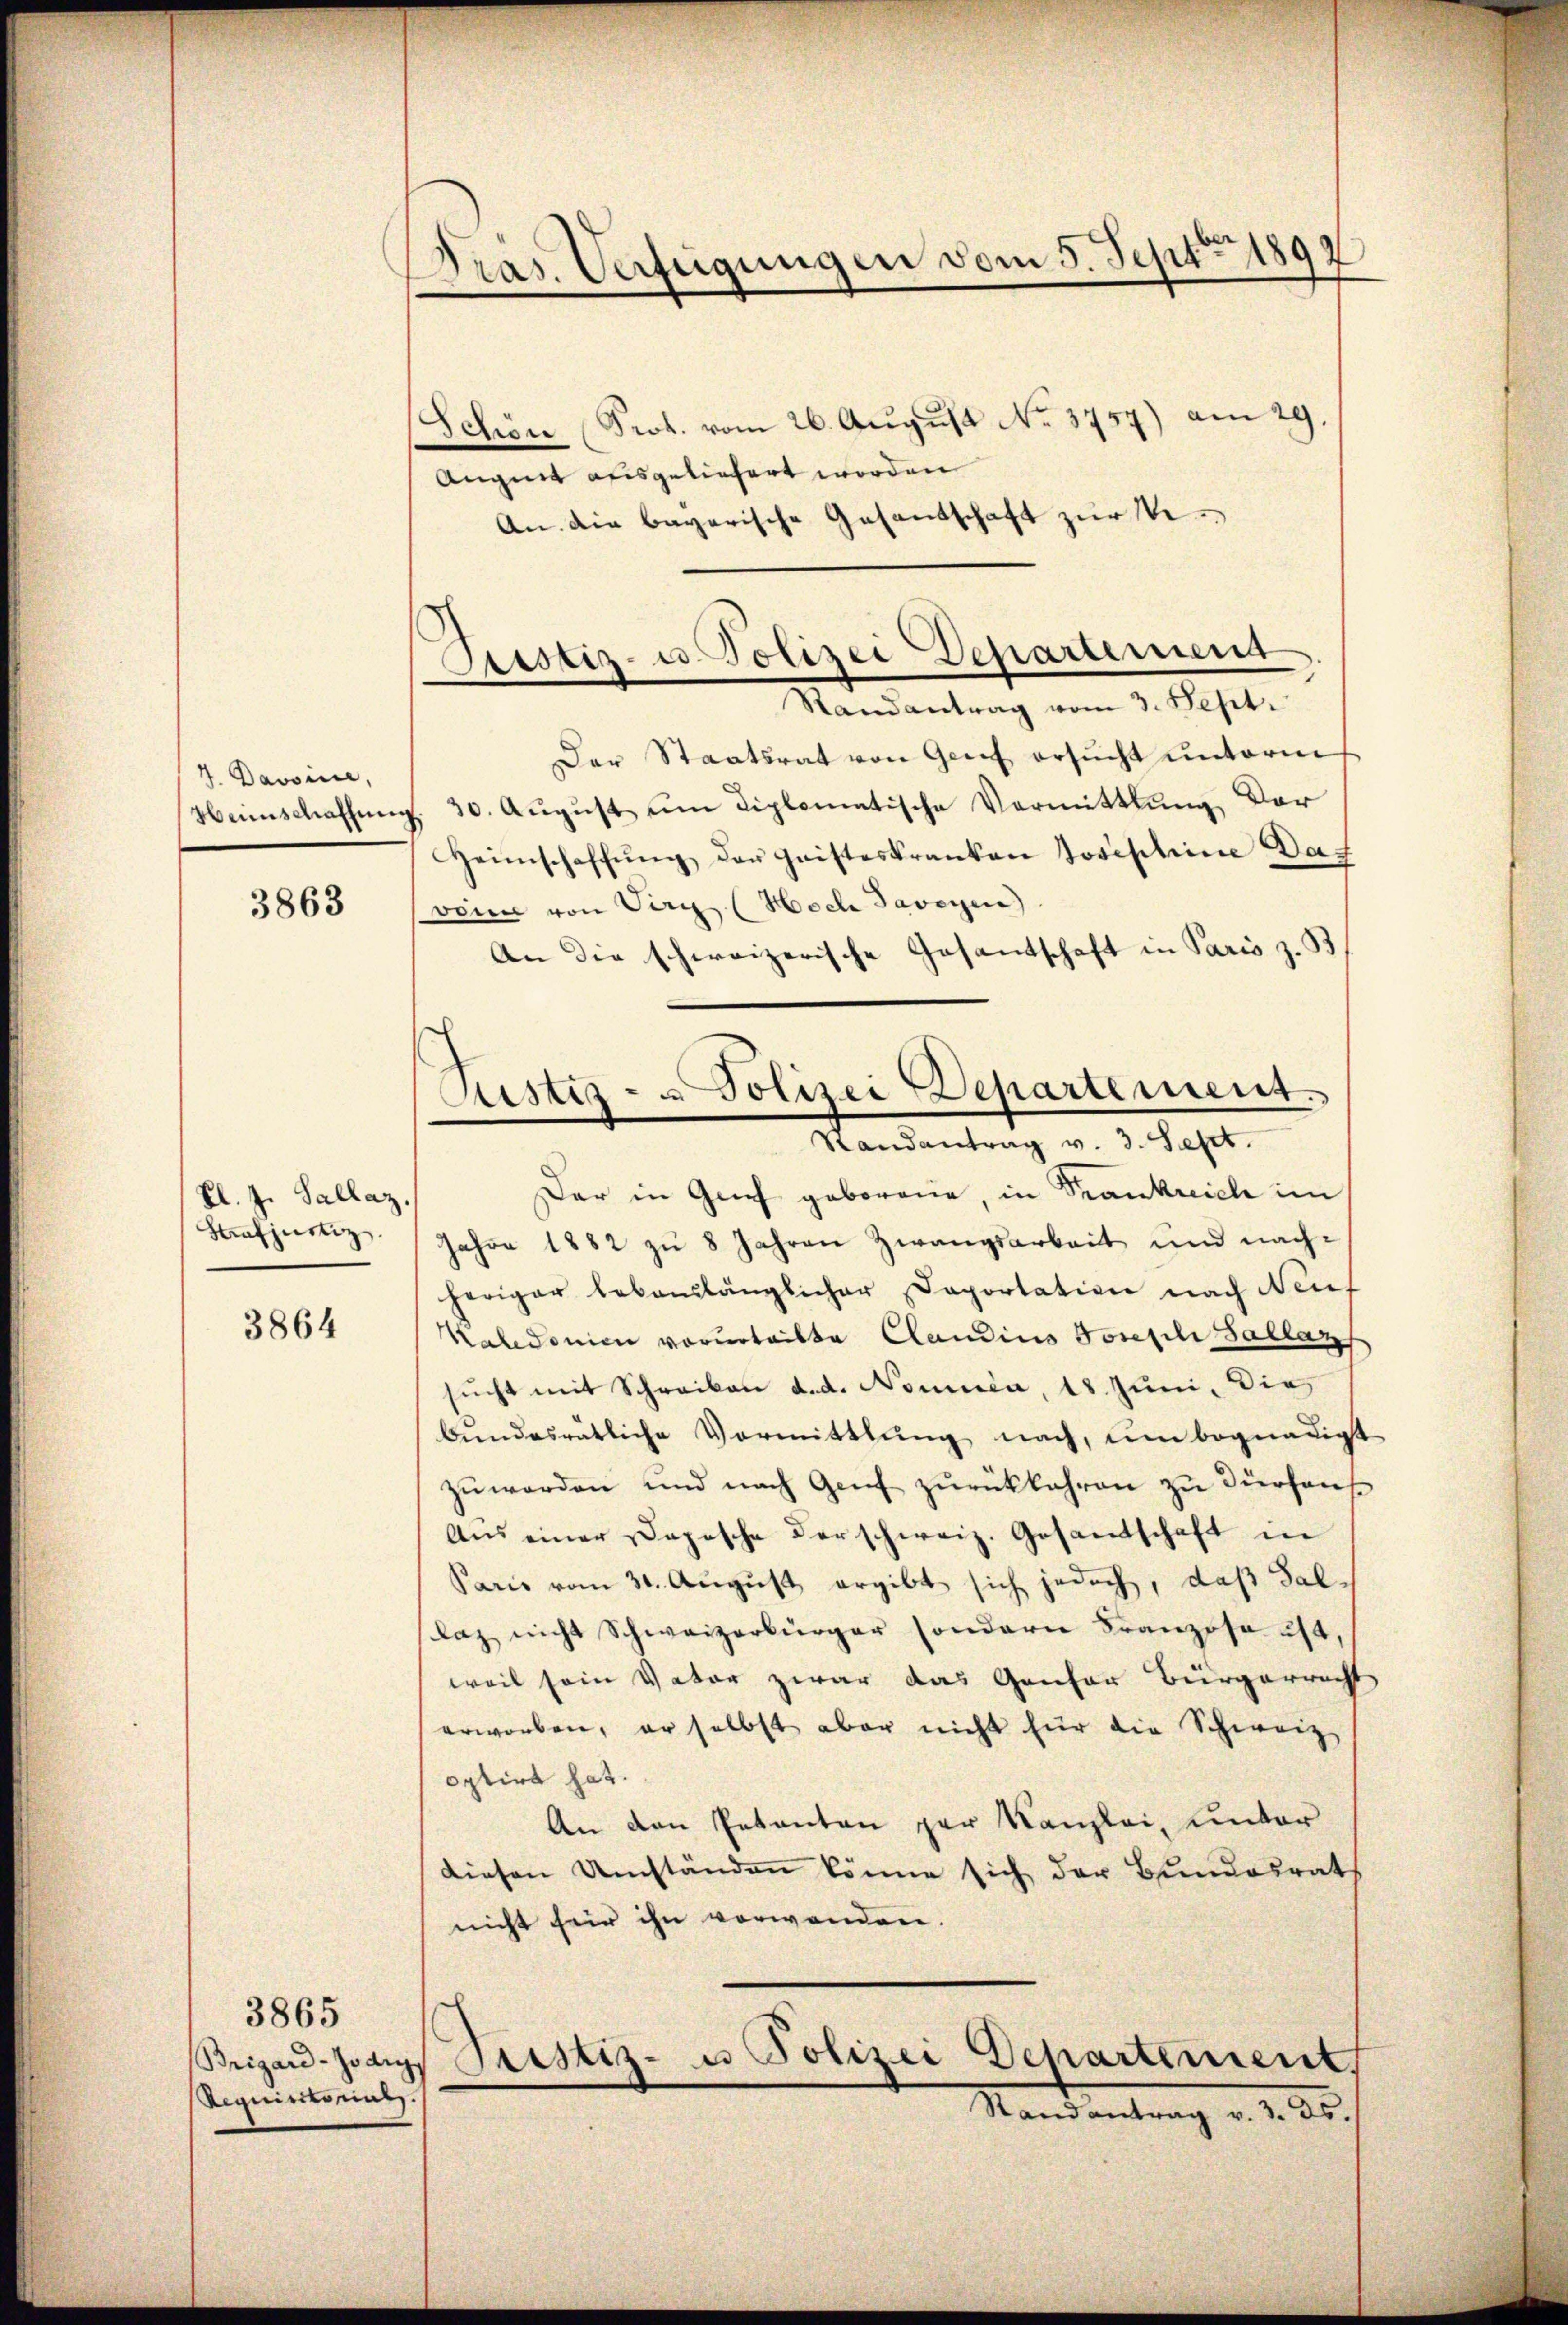
4. Passin,
1
Heimschaffung

3863

Kl. J. Sallaz.
Strafjustiz.

3864

3865
Requisitorials.

Pras. Verfügungen vom 5. Sept 1897.

Diustiz- u. Polizei Departement

Schön (Prot. vom 26. Aŭgŭst No. 3757) am 29.
Augnet ausgeliefert worden
An die bayerische Gesandschaft zur Ve
Randantrag vom 3. Sept.
Der Staatsrat von Genf ersucht unterm
§ 30. Aŭgŭst ŭm diplomatische Vermittlung, der
Heimschaffŭng der Geisteskranken Josephine Dat
vonn von Virg (Hoch Savoyen)
An die schweizerische Gesandtschaft in Paris z. B
Der in Grief geborene, in Trankreich im
Jahre 1882 zu 8 Jahren Zwangsarbeit und nachheriger bebauslänglicher Daportation nach Neuf
Kaldonien vorurteilte Claudius Joseph Sallaz
sŭcht mit Schreiben d. d. Nomnia, 18. Juni, Die
bŭndesrätliche Vormittlung nach, um begnadigt
zŭ werden und nach Genf zŭrückbahren zu dürfen
Aŭs einer aposche derschweiz. Gesamtschaft in
Paris vom 31. August ergibt sich jedoch, daß Sallaz nicht Schweizerbürger sondern Franzose ist,
weil sein Vater zwar das Gantor Bürgerrach
erworben, er selbst aber nicht für die Schweiz
optirt hat.
An den Petenten zur Kanzlei, unter
diesen Umständen könne sich der Bundesrath
nicht für ihn verwenden.
Brigand Joangs Pristiz- u Polizei Departement
Stand antrag d. d. 25.

Justiz- & Polizei Departement.
Randantrag v. 3. Sept.